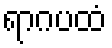
ရာဂပထံ